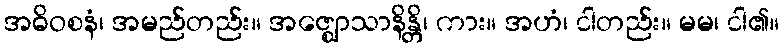
အဓိဝစနံ၊ အမည်တည်း။ အဇ္ဈောသာနိန္တိ၊ ကား။ အဟံ၊ ငါတည်း။ မမ၊ ငါ၏။